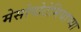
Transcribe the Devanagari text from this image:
मेसोपोटेमियाच्या